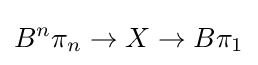
B^{n}\pi _{n}\to X\to B\pi _{1}